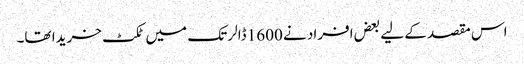
اس مقصد کے لیے بعض افراد نے 1600 ڈالر تک میں ٹکٹ خریدا تھا۔